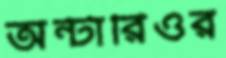
অন্টারিওর